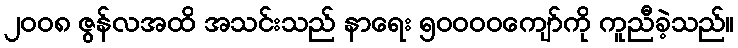
၂၀၀၈ ဇွန်လအထိ အသင်းသည် နာရေး ၅၀၀၀၀ကျော်ကို ကူညီခဲ့သည်။